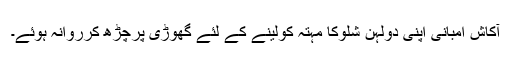
آکاش امبانی اپنی دولہن شلوکا مہتہ کولینے کے لئے گھوڑی پرچڑھ کرروانہ ہوئے۔